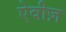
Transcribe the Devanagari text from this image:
ऐवीज़